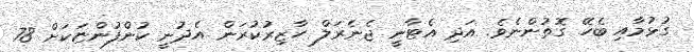
ގުޅުމާއި ބެހޭ ގޮތުންނެވެ. އަދި އެޓާނީ ޖެނެރަލް ހާޒިރުކުރަން އެދުނީ ކުންފުންޏަކަށް 78